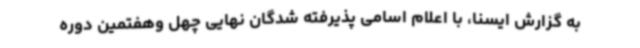
به گزارش ایسنا، با اعلام اسامی پذیرفته شدگان نهایی چهل وهفتمین دوره